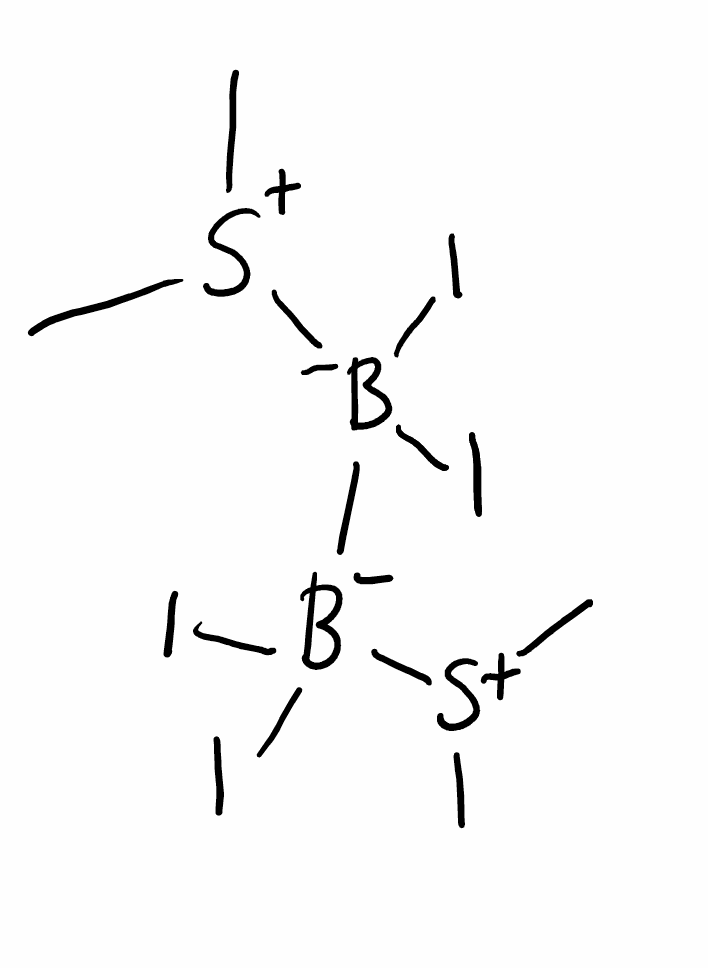
Simplified molecular-input line-entry system (SMILES) notation of the given molecule:
[B-]([B-]([S+](C)C)(I)I)([S+](C)C)(I)I